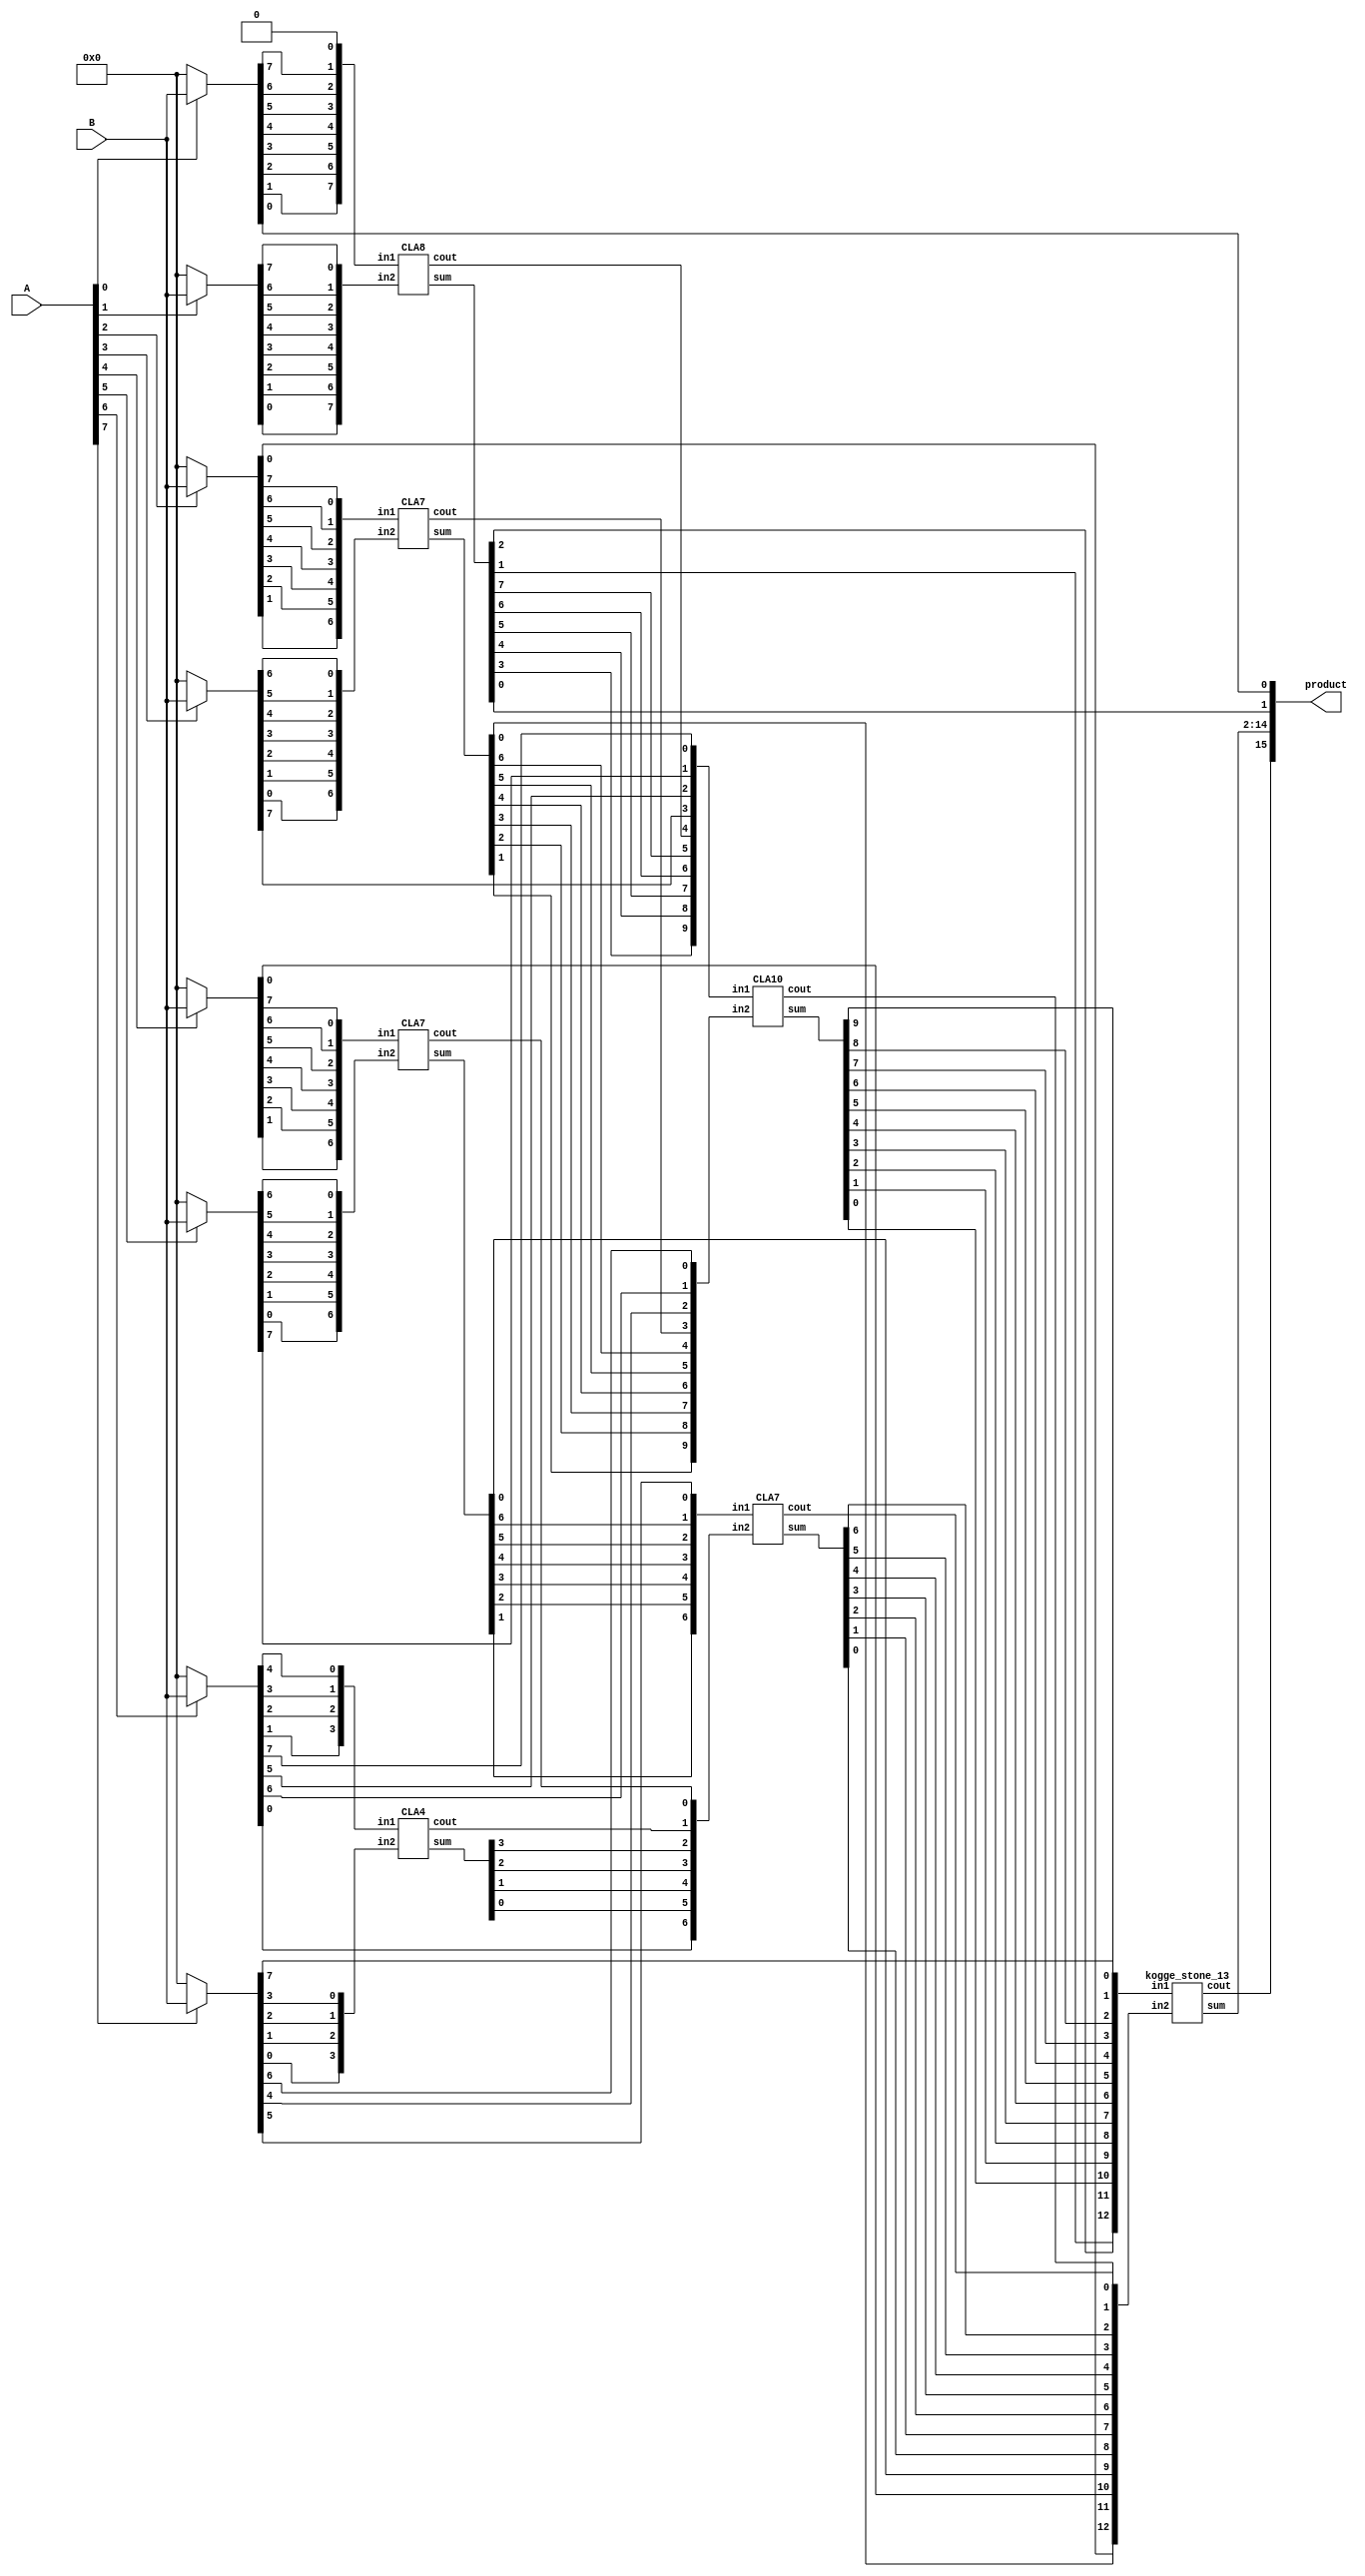
module multiplier_8bits_version5(product, A, B);

    /* This implementation is similar to 8bit russian peasant multiplication
     * that uses long CLA for partial product reduction and kogge-stone for the 
     * final stage.
     * Area: 1287.759161
     * Power: 0.6305mW
     * Timing: 1.53
     */

    input [7:0] A, B;
    output [15:0] product;

    wire [7:0] pp0, pp1, pp2, pp3, pp4, pp5, pp6, pp7;

    assign pp0 = A[0] ? B : 8'b00000000;
    assign pp1 = A[1] ? B : 8'b00000000;
    assign pp2 = A[2] ? B : 8'b00000000;
    assign pp3 = A[3] ? B : 8'b00000000;
    assign pp4 = A[4] ? B : 8'b00000000;
    assign pp5 = A[5] ? B : 8'b00000000;
    assign pp6 = A[6] ? B : 8'b00000000;
    assign pp7 = A[7] ? B : 8'b00000000;

    assign product[0] = pp0[0];

    /* 1st CLA*/
    wire [7:0] s1, in1_1, in1_2;
    wire c1;
    assign in1_1 = {pp0[1],pp0[2],pp0[3],pp0[4],pp0[5],pp0[6],pp0[7],1'b0};
    assign in1_2 = {pp1[0],pp1[1],pp1[2],pp1[3],pp1[4],pp1[5],pp1[6], pp1[7]};
    CLA8 CLA01(s1, c1, in1_1, in1_2);

    assign product[1] = s1[0];

    /* 2nd CLA */
    wire [6:0] s2, in2_1, in2_2;
    wire c2;
    assign in2_1 = {pp2[1],pp2[2],pp2[3],pp2[4],pp2[5],pp2[6],pp2[7]};
    assign in2_2 = {pp3[0],pp3[1],pp3[2],pp3[3],pp3[4],pp3[5],pp3[6]};
    CLA7 CLA02(s2, c2, in2_1, in2_2);

    /* 3rd CLA */
    wire [6:0] s3, in3_1, in3_2;
    wire c3;
    assign in3_1 = {pp4[1],pp4[2],pp4[3],pp4[4],pp4[5],pp4[6],pp4[7]};
    assign in3_2 = {pp5[0],pp5[1],pp5[2],pp5[3],pp5[4],pp5[5],pp5[6]};
    CLA7 CLA03(s3, c3, in3_1, in3_2);    

    /* 4th CLA */
    wire [3:0] s4, in4_1, in4_2;
    wire c4;
    assign in4_1 = {pp6[1],pp6[2],pp6[3],pp6[4]};
    assign in4_2 = {pp7[0],pp7[1],pp7[2],pp7[3]};
    CLA4 CLA04(s4, c4, in4_1, in4_2);

    /* 5th CLA */
    wire [9:0] s5, in5_1, in5_2;
    wire c5;
    assign in5_1 = {s1[3],s1[4],s1[5],s1[6],s1[7],c1,pp3[7],pp6[5],pp5[7],pp6[7]};
    assign in5_2 = {s2[1],s2[2],s2[3],s2[4],s2[5],s2[6],c2,pp7[4],pp6[6],pp7[6]};
    CLA10 CLA05(s5, c5, in5_1, in5_2);

    /* 6th CLA */
    wire [6:0] s6, in6_1, in6_2;
    wire c6;
    assign in6_1 = {s3[1],s3[2],s3[3],s3[4],s3[5],s3[6],pp7[5]};
    assign in6_2 = {pp6[0],s4[0],s4[1],s4[2],s4[3],c4,c3};
    CLA7 CLA06(s6, c6, in6_1, in6_2);

    /* Final CLA */
    wire [12:0] s, in_1, in_2;
    wire c;
    assign in_1 = {s1[1],s1[2],s5[0],s5[1],s5[2],s5[3],s5[4],s5[5],s5[6],s5[7],s5[8],s5[9],pp7[7]};
    assign in_2 = {pp2[0],s2[0],pp4[0],s3[0],s6[0],s6[1],s6[2],s6[3],s6[4],s6[5],s6[6],c6,c5};
    kogge_stone_13 CLA(s, c, in_1, in_2);
    
    assign product[2]  = s[0];
    assign product[3]  = s[1];
    assign product[4]  = s[2];
    assign product[5]  = s[3];
    assign product[6]  = s[4];
    assign product[7]  = s[5];
    assign product[8]  = s[6];
    assign product[9]  = s[7];
    assign product[10] = s[8];
    assign product[11] = s[9];
    assign product[12] = s[10];
    assign product[13] = s[11];
    assign product[14] = s[12];
    assign product[15] = c;
endmodule

module CLA7_c(output [6:0] sum,
            output cout,
            input [6:0] in1, in2,
            input cin);
  wire [6:0] G; /* Generate */
  wire [6:0] P; /* Propagate */
  wire [6:0] C; /* Carry */

  assign G[0] = in1[6] & in2[6]; /*Generate    Gi = Ai * Bi */
  assign G[1] = in1[5] & in2[5];
  assign G[2] = in1[4] & in2[4];
  assign G[3] = in1[3] & in2[3];
  assign G[4] = in1[2] & in2[2];
  assign G[5] = in1[1] & in2[1];
  assign G[6] = in1[0] & in2[0];

  assign P[0] = in1[6] ^ in2[6]; /*Propagate   Pi = Ai + Bi */
  assign P[1] = in1[5] ^ in2[5];
  assign P[2] = in1[4] ^ in2[4];
  assign P[3] = in1[3] ^ in2[3];
  assign P[4] = in1[2] ^ in2[2];
  assign P[5] = in1[1] ^ in2[1];
  assign P[6] = in1[0] ^ in2[0];

  assign C[0] = cin;  /* Carry_out = Ci+1 = Gi + Pi*Ci */
  assign C[1] = G[0] | (P[0] & C[0]);
  assign C[2] = G[1] | (P[1] & C[1]);
  assign C[3] = G[2] | (P[2] & C[2]);
  assign C[4] = G[3] | (P[3] & C[3]);
  assign C[5] = G[4] | (P[4] & C[4]);
  assign C[6] = G[5] | (P[5] & C[5]);
  assign cout = G[6] | (P[6] & C[6]);
  assign sum = P ^ C;
endmodule

module CLA7(output [6:0] sum,
            output cout,
            input [6:0] in1, in2);
  wire [6:0] G; /* Generate */
  wire [6:0] P; /* Propagate */
  wire [6:0] C; /* Carry */

  assign G[0] = in1[6] & in2[6]; /*Generate    Gi = Ai * Bi */
  assign G[1] = in1[5] & in2[5];
  assign G[2] = in1[4] & in2[4];
  assign G[3] = in1[3] & in2[3];
  assign G[4] = in1[2] & in2[2];
  assign G[5] = in1[1] & in2[1];
  assign G[6] = in1[0] & in2[0];

  assign P[0] = in1[6] ^ in2[6]; /*Propagate   Pi = Ai + Bi */
  assign P[1] = in1[5] ^ in2[5];
  assign P[2] = in1[4] ^ in2[4];
  assign P[3] = in1[3] ^ in2[3];
  assign P[4] = in1[2] ^ in2[2];
  assign P[5] = in1[1] ^ in2[1];
  assign P[6] = in1[0] ^ in2[0];

  assign C[0] = 0;  /* Carry_out = Ci+1 = Gi + Pi*Ci */
  assign C[1] = G[0] | (P[0] & C[0]);
  assign C[2] = G[1] | (P[1] & C[1]);
  assign C[3] = G[2] | (P[2] & C[2]);
  assign C[4] = G[3] | (P[3] & C[3]);
  assign C[5] = G[4] | (P[4] & C[4]);
  assign C[6] = G[5] | (P[5] & C[5]);
  assign cout = G[6] | (P[6] & C[6]);
  assign sum = P ^ C;
endmodule

module CLA8(output [7:0] sum,
            output cout,
            input [7:0] in1, in2);
  wire [7:0] G; /* Generate */
  wire [7:0] P; /* Propagate */
  wire [7:0] C; /* Carry */

  assign G[0] = in1[7] & in2[7];
  assign G[1] = in1[6] & in2[6]; /*Generate    Gi = Ai * Bi */
  assign G[2] = in1[5] & in2[5];
  assign G[3] = in1[4] & in2[4];
  assign G[4] = in1[3] & in2[3];
  assign G[5] = in1[2] & in2[2];
  assign G[6] = in1[1] & in2[1];
  assign G[7] = in1[0] & in2[0];
  
  assign P[0] = in1[7] ^ in2[7];
  assign P[1] = in1[6] ^ in2[6]; /*Propagate   Pi = Ai + Bi */
  assign P[2] = in1[5] ^ in2[5];
  assign P[3] = in1[4] ^ in2[4];
  assign P[4] = in1[3] ^ in2[3];
  assign P[5] = in1[2] ^ in2[2];
  assign P[6] = in1[1] ^ in2[1];
  assign P[7] = in1[0] ^ in2[0];

  assign C[0] = 0;  /* Carry_out = Ci+1 = Gi + Pi*Ci */
  assign C[1] = G[0] | (P[0] & C[0]);
  assign C[2] = G[1] | (P[1] & C[1]);
  assign C[3] = G[2] | (P[2] & C[2]);
  assign C[4] = G[3] | (P[3] & C[3]);
  assign C[5] = G[4] | (P[4] & C[4]);
  assign C[6] = G[5] | (P[5] & C[5]);
  assign C[7] = G[6] | (P[6] & C[6]);
  assign cout = G[7] | (P[7] & C[7]);
  assign sum = P ^ C;
endmodule

module CLA10(output [9:0] sum,
            output cout,
            input [9:0] in1, in2);
  wire [9:0] G; /* Generate */
  wire [9:0] P; /* Propagate */
  wire [9:0] C; /* Carry */

  assign G[0] = in1[9] & in2[9];
  assign G[1] = in1[8] & in2[8];
  assign G[2] = in1[7] & in2[7];
  assign G[3] = in1[6] & in2[6]; /*Generate    Gi = Ai * Bi */
  assign G[4] = in1[5] & in2[5];
  assign G[5] = in1[4] & in2[4];
  assign G[6] = in1[3] & in2[3];
  assign G[7] = in1[2] & in2[2];
  assign G[8] = in1[1] & in2[1];
  assign G[9] = in1[0] & in2[0];

  assign P[0] = in1[9] ^ in2[9];
  assign P[1] = in1[8] ^ in2[8];
  assign P[2] = in1[7] ^ in2[7];
  assign P[3] = in1[6] ^ in2[6]; /*Propagate   Pi = Ai + Bi */
  assign P[4] = in1[5] ^ in2[5];
  assign P[5] = in1[4] ^ in2[4];
  assign P[6] = in1[3] ^ in2[3];
  assign P[7] = in1[2] ^ in2[2];
  assign P[8] = in1[1] ^ in2[1];
  assign P[9] = in1[0] ^ in2[0];

  assign C[0] = 0;  /* Carry_out = Ci+1 = Gi + Pi*Ci */
  assign C[1] = G[0] | (P[0] & C[0]);
  assign C[2] = G[1] | (P[1] & C[1]);
  assign C[3] = G[2] | (P[2] & C[2]);
  assign C[4] = G[3] | (P[3] & C[3]);
  assign C[5] = G[4] | (P[4] & C[4]);
  assign C[6] = G[5] | (P[5] & C[5]);
  assign C[7] = G[6] | (P[6] & C[6]);
  assign C[8] = G[7] | (P[7] & C[7]);
  assign C[9] = G[8] | (P[8] & C[8]);
  assign cout = G[9] | (P[9] & C[9]);
  assign sum = P ^ C;
endmodule

module CLA4(output [3:0] sum,
            output cout,
            input [3:0] in1, in2);

    wire [3:0] G; /* Generate */
    wire [3:0] P; /* Propagate */
    wire [3:0] C; /* Carry */

    assign G[0] = in1[3] & in2[3]; /*Generate    Gi = Ai * Bi */
    assign G[1] = in1[2] & in2[2];
    assign G[2] = in1[1] & in2[1];
    assign G[3] = in1[0] & in2[0];
    assign P[0] = in1[3] ^ in2[3]; /*Propagate   Pi = Ai + Bi */
    assign P[1] = in1[2] ^ in2[2];
    assign P[2] = in1[1] ^ in2[1];
    assign P[3] = in1[0] ^ in2[0];

    assign C[0] = 0;
    assign C[1] = G[0] | (P[0] & C[0]);
    assign C[2] = G[1] | (P[1] & C[1]);
    assign C[3] = G[2] | (P[2] & C[2]);
    assign cout = G[3] | (P[3] & C[3]);
    assign sum = P ^ C;
endmodule

module CLA13(output [12:0] sum,
            output cout,
            input [12:0] in1, in2);

    wire [12:0] G;
    wire [12:0] P; // Propagate
    wire [12:0] C;

    assign G[0]  = in1[12] & in2[12];
    assign G[1]  = in1[11] & in2[11];
    assign G[2]  = in1[10] & in2[10];
    assign G[3]  = in1[9]  & in2[9];
    assign G[4]  = in1[8]  & in2[8];
    assign G[5]  = in1[7]  & in2[7];
    assign G[6]  = in1[6]  & in2[6];
    assign G[7]  = in1[5]  & in2[5];
    assign G[8]  = in1[4]  & in2[4];
    assign G[9]  = in1[3]  & in2[3];
    assign G[10] = in1[2]  & in2[2];
    assign G[11] = in1[1]  & in2[1];
    assign G[12] = in1[0]  & in2[0];

    assign P[0]  = in1[12] ^ in2[12];
    assign P[1]  = in1[11] ^ in2[11];
    assign P[2]  = in1[10] ^ in2[10];
    assign P[3]  = in1[9]  ^ in2[9];
    assign P[4]  = in1[8]  ^ in2[8];
    assign P[5]  = in1[7]  ^ in2[7];
    assign P[6]  = in1[6]  ^ in2[6];
    assign P[7]  = in1[5]  ^ in2[5];
    assign P[8]  = in1[4]  ^ in2[4];
    assign P[9]  = in1[3]  ^ in2[3];
    assign P[10] = in1[2]  ^ in2[2];
    assign P[11] = in1[1]  ^ in2[1];
    assign P[12] = in1[0]  ^ in2[0];

    assign C[0]  = 0;
    assign C[1]  = G[0];
    assign C[2]  = G[1]  | (P[1]  & C[1]);
    assign C[3]  = G[2]  | (P[2]  & C[2]);
    assign C[4]  = G[3]  | (P[3]  & C[3]);
    assign C[5]  = G[4]  | (P[4]  & C[4]);
    assign C[6]  = G[5]  | (P[5]  & C[5]);
    assign C[7]  = G[6]  | (P[6]  & C[6]);
    assign C[8]  = G[7]  | (P[7]  & C[7]);
    assign C[9]  = G[8]  | (P[8]  & C[8]);
    assign C[10] = G[9]  | (P[9]  & C[9]);
    assign C[11] = G[10] | (P[10] & C[10]);
    assign C[12] = G[11] | (P[11] & C[11]);
    assign cout  = G[12] | (P[12] & C[12]);
    assign sum = P ^ C;
endmodule

module half_adder(output wire sum,
                  output wire cout,
                  input wire in1,
                  input wire in2);
    xor(sum, in1, in2);
    and(cout, in1, in2);
endmodule

module full_adder(output wire sum,
                  output wire cout,
                  input wire in1,
                  input wire in2,
                  input wire cin);
    wire temp1;
    wire temp2;
    wire temp3;
    xor(sum, in1, in2, cin);
    and(temp1,in1,in2);
    and(temp2,in1,cin);
    and(temp3,in2,cin);
    or(cout,temp1,temp2,temp3);
endmodule

module kogge_stone_13(sum, cout, in1, in2);
    input [12:0] in1, in2; //input
    output [12:0] sum; //output
    output cout; //carry-out
    wire [12:0] G_Z, P_Z, //wires
    G_A, P_A,
    G_B, P_B,
    G_C, P_C,
    G_D, P_D;

    assign P_Z[0]  = in1[12] ^ in2[12];
    assign P_Z[1]  = in1[11] ^ in2[11];
    assign P_Z[2]  = in1[10] ^ in2[10];
    assign P_Z[3]  = in1[9]  ^ in2[9];
    assign P_Z[4]  = in1[8]  ^ in2[8];
    assign P_Z[5]  = in1[7]  ^ in2[7];
    assign P_Z[6]  = in1[6]  ^ in2[6];
    assign P_Z[7]  = in1[5]  ^ in2[5];
    assign P_Z[8]  = in1[4]  ^ in2[4];
    assign P_Z[9]  = in1[3]  ^ in2[3];
    assign P_Z[10] = in1[2]  ^ in2[2];
    assign P_Z[11] = in1[1]  ^ in2[1];
    assign P_Z[12] = in1[0]  ^ in2[0];    

    assign G_Z[0]  = in1[12] & in2[12];
    assign G_Z[1]  = in1[11] & in2[11];
    assign G_Z[2]  = in1[10] & in2[10];
    assign G_Z[3]  = in1[9]  & in2[9];
    assign G_Z[4]  = in1[8]  & in2[8];
    assign G_Z[5]  = in1[7]  & in2[7];
    assign G_Z[6]  = in1[6]  & in2[6];
    assign G_Z[7]  = in1[5]  & in2[5];
    assign G_Z[8]  = in1[4]  & in2[4];
    assign G_Z[9]  = in1[3]  & in2[3];
    assign G_Z[10] = in1[2]  & in2[2];
    assign G_Z[11] = in1[1]  & in2[1];
    assign G_Z[12] = in1[0]  & in2[0];

    /*level 1*/
    assign G_A[0] = G_Z[0];
    //gray_cell level_0A(1'b0, P_Z[0], G_Z[0], G_A[0]);
    black_cell level_1A(G_Z[0],  P_Z[1],  G_Z[1],  P_Z[0],  G_A[1],  P_A[1]);
    black_cell level_2A(G_Z[1],  P_Z[2],  G_Z[2],  P_Z[1],  G_A[2],  P_A[2]);
    black_cell level_3A(G_Z[2],  P_Z[3],  G_Z[3],  P_Z[2],  G_A[3],  P_A[3]);
    black_cell level_4A(G_Z[3],  P_Z[4],  G_Z[4],  P_Z[3],  G_A[4],  P_A[4]);
    black_cell level_5A(G_Z[4],  P_Z[5],  G_Z[5],  P_Z[4],  G_A[5],  P_A[5]);
    black_cell level_6A(G_Z[5],  P_Z[6],  G_Z[6],  P_Z[5],  G_A[6],  P_A[6]);
    black_cell level_7A(G_Z[6],  P_Z[7],  G_Z[7],  P_Z[6],  G_A[7],  P_A[7]);
    black_cell level_8A(G_Z[7],  P_Z[8],  G_Z[8],  P_Z[7],  G_A[8],  P_A[8]);
    black_cell level_9A(G_Z[8],  P_Z[9],  G_Z[9],  P_Z[8],  G_A[9],  P_A[9]);
    black_cell level_AA(G_Z[9],  P_Z[10], G_Z[10], P_Z[9],  G_A[10], P_A[10]);
    black_cell level_BA(G_Z[10], P_Z[11], G_Z[11], P_Z[10], G_A[11], P_A[11]);
    black_cell level_CA(G_Z[11], P_Z[12], G_Z[12], P_Z[11], G_A[12], P_A[12]);

    /*level 2*/
    assign G_B[1] = G_A[1];
    //gray_cell level_1B(1'b0,      P_A[1],  G_A[1],  G_B[1]);
    gray_cell level_2B(G_A[0],   P_A[2],  G_A[2],  G_B[2]);
    black_cell level_3B(G_A[1],  P_A[3],  G_A[3],  P_A[1],  G_B[3],  P_B[3]);
    black_cell level_4B(G_A[2],  P_A[4],  G_A[4],  P_A[2],  G_B[4],  P_B[4]);
    black_cell level_5B(G_A[3],  P_A[5],  G_A[5],  P_A[3],  G_B[5],  P_B[5]);
    black_cell level_6B(G_A[4],  P_A[6],  G_A[6],  P_A[4],  G_B[6],  P_B[6]);
    black_cell level_7B(G_A[5],  P_A[7],  G_A[7],  P_A[5],  G_B[7],  P_B[7]);
    black_cell level_8B(G_A[6],  P_A[8],  G_A[8],  P_A[6],  G_B[8],  P_B[8]);
    black_cell level_9B(G_A[7],  P_A[9],  G_A[9],  P_A[7],  G_B[9],  P_B[9]);
    black_cell level_AB(G_A[8],  P_A[10], G_A[10], P_A[8],  G_B[10], P_B[10]);
    black_cell level_BB(G_A[9],  P_A[11], G_A[11], P_A[9],  G_B[11], P_B[11]);
    black_cell level_CB(G_A[10], P_A[12], G_A[12], P_A[10], G_B[12], P_B[12]);

    /*level 3*/
    assign G_C[3] = G_B[3];
    //gray_cell level_3C(1'b0,      P_B[3],  G_B[3],  G_C[3]);
    gray_cell level_4C(G_A[0],   P_B[4],  G_B[4],  G_C[4]);
    gray_cell level_5C(G_B[1],   P_B[5],  G_B[5],  G_C[5]);
    gray_cell level_6C(G_B[2],   P_B[6],  G_B[6],  G_C[6]);
    black_cell level_7C(G_B[3],  P_B[7],  G_B[7],  P_B[3],  G_C[7],  P_C[7]);
    black_cell level_8C(G_B[4],  P_B[8],  G_B[8],  P_B[4],  G_C[8],  P_C[8]);
    black_cell level_9C(G_B[5],  P_B[9],  G_B[9],  P_B[5],  G_C[9],  P_C[9]);
    black_cell level_AC(G_B[6],  P_B[10], G_B[10], P_B[6],  G_C[10], P_C[10]);
    black_cell level_BC(G_B[7],  P_B[11], G_B[11], P_B[7],  G_C[11], P_C[11]);
    black_cell level_CC(G_B[8],  P_B[12], G_B[12], P_B[8],  G_C[12], P_C[12]);

    /*level 4*/
    assign G_D[7] = G_C[7];
    //gray_cell level_7D(1'b0,     P_C[7],   G_C[7],           G_D[7]);
    gray_cell level_8D(G_A[0],   P_C[8],   G_C[8],           G_D[8]);
    gray_cell level_9D(G_B[1],   P_C[9],   G_C[9],           G_D[9]);
    gray_cell level_AD(G_B[2],   P_C[10],  G_C[10],          G_D[10]);
    gray_cell level_BD(G_C[3],   P_C[11],  G_C[11],          G_D[11]);
    gray_cell level_CD(G_C[4],   P_C[12],  G_C[12],          cout);

    /*outputs*/
    assign sum[0]  =           P_Z[0];
    assign sum[1]  = G_A[0]  ^ P_Z[1];
    assign sum[2]  = G_B[1]  ^ P_Z[2];
    assign sum[3]  = G_B[2]  ^ P_Z[3];
    assign sum[4]  = G_C[3]  ^ P_Z[4];
    assign sum[5]  = G_C[4]  ^ P_Z[5];
    assign sum[6]  = G_C[5]  ^ P_Z[6];
    assign sum[7]  = G_C[6]  ^ P_Z[7];
    assign sum[8]  = G_D[7]  ^ P_Z[8];
    assign sum[9]  = G_D[8]  ^ P_Z[9];
    assign sum[10] = G_D[9]  ^ P_Z[10];
    assign sum[11] = G_D[10] ^ P_Z[11];
    assign sum[12] = G_D[11] ^ P_Z[12];
endmodule

module gray_cell(Gk_j, Pi_k, Gi_k, G);
    input Gk_j, Pi_k, Gi_k;
    output G;
    wire Y;
    and(Y, Gk_j, Pi_k);
    or(G, Y, Gi_k);
endmodule

module black_cell(Gk_j, Pi_k, Gi_k, Pk_j, G, P);
    input Gk_j, Pi_k, Gi_k, Pk_j;
    output G, P;
    wire Y;
    and(Y, Gk_j, Pi_k);
    or(G, Gi_k, Y);
    and(P, Pk_j, Pi_k);
endmodule